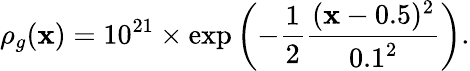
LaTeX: \rho_{g}(\mathbf{x})=10^{21}\times\exp\left(-\frac{{1}}{{2}}\frac{{(\mathbf{x}-0.5)^{2}}}{{0.1^{2}}}\right).